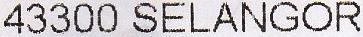
43300 SELANGOR